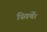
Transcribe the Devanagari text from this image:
स्विचें।